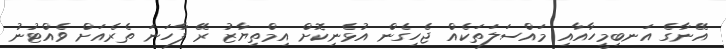
އޭނާގެ އަނބިމީހާއާއި މައްސަލަތަކެއް ޖެހިގެން އުޅެނިކޮށް އިމްތިޔާޒު ރޭ ފާހަނަ ތެރެއަށް ވެއްޓުނު